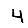
Digit: 4